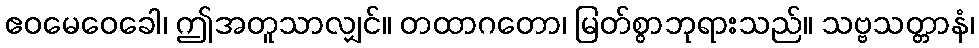
ဧဝမေဝေခေါ၊ ဤအတူသာလျှင်။ တထာဂတော၊ မြတ်စွာဘုရားသည်။ သဗ္ဗသတ္တာနံ၊